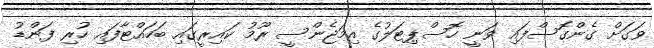
ވަގަށް ގެންގޮސްފައި ވަނީ ހޮސްޕިޓަލުގެ އިމަޖެންސީ ރޫމު ކައިރީގައި ބަހައްޓާފައި ހުރި ފަންޑު